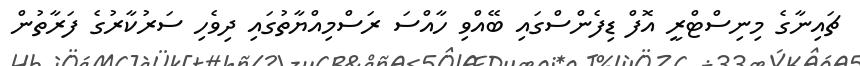
ޗައިނާގެ މިނިސްޓްރީ އޮފް ޑިފެންސްގައި ބޭއްވި ހާއްސަ ރަސްމިއްޔާތުގައި ދިވެހި ސަރުކާރުގެ ފަރާތުން